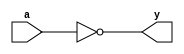
module zerodetect #(parameter WIDTH=32)
    (input [WIDTH-1:0] a,
    output y);
    assign y= (a==0);
endmodule